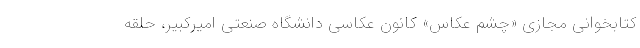
کتابخوانی مجازی «چشم عکاس» کانون عکاسی دانشگاه صنعتی امیرکبیر، حلقه‌